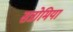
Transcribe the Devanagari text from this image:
सन्नोमिया